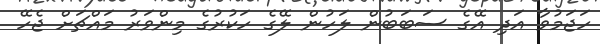
ހަޖަމުވާ އަދި އޭގެ ސަބަބުން ލަހުން ލޭގެ ހަކުރުގެ މިންވަރު މައްޗަށް ޖެހޭ